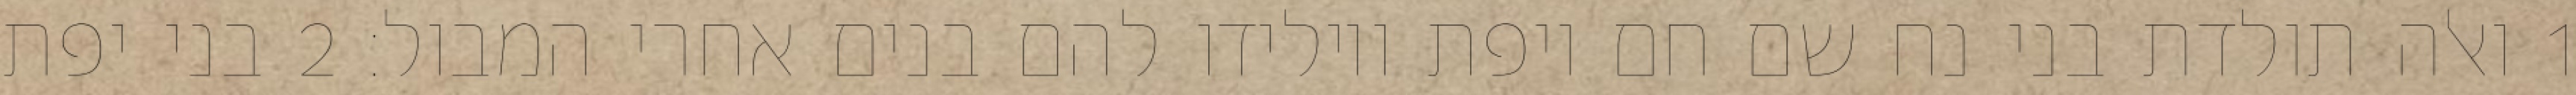
1 ואלה תולדת בני נח שם חם ויפת ויולידו להם בנים אחרי המבול׃ ‎2‏ בני יפת